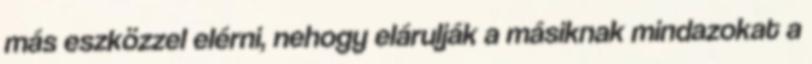
más eszközzel elérni, nehogy elárulják a másiknak mindazokat a